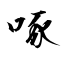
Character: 啄